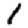
Digit: 1